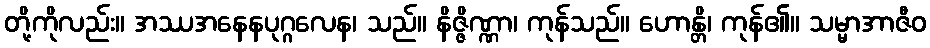
တို့ကိုလည်း။ အဿအနေနပုဂ္ဂလေန၊ သည်။ နိဇ္ဇိဏ္ဏာ၊ ကုန်သည်။ ဟောန္တိ၊ ကုန်၏။ သမ္မာအာဇီဝ